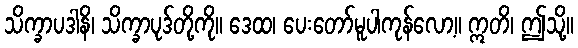
သိက္ခာပဒါနိ၊ သိက္ခာပုဒ်တို့ကို။ ဒေထ၊ ပေးတော်မူပါကုန်လော့။ ဣတိ၊ ဤသို့။